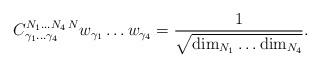
LaTeX: \begin{align*}{C}^{N_1\ldots N_4\,N}_{\gamma_1\ldots\gamma_4} w_{\gamma_1}\ldots w_{\gamma_4} = {1\over \sqrt{{\rm dim}_{N_1} \ldots {\rm dim}_{N_4} }}.\end{align*}